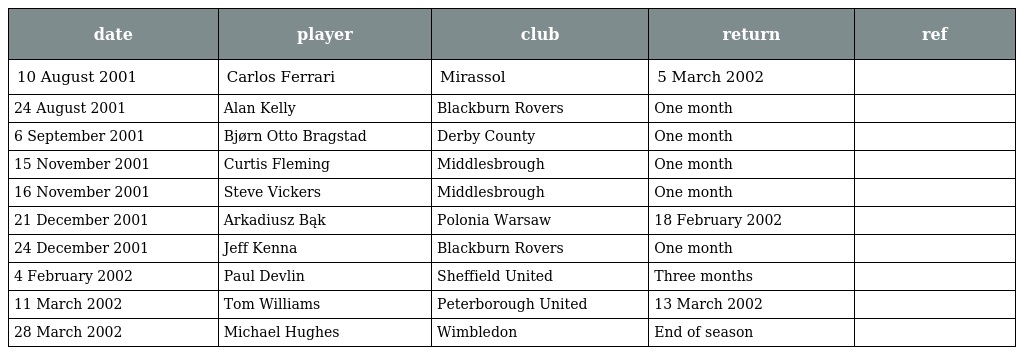
| date | player | club | return | ref |
 | --- | --- | --- | --- | --- |
 | 10 August 2001 | Carlos Ferrari | Mirassol | 5 March 2002 |  |
 | 24 August 2001 | Alan Kelly | Blackburn Rovers | One month |  |
 | 6 September 2001 | Bjørn Otto Bragstad | Derby County | One month |  |
 | 15 November 2001 | Curtis Fleming | Middlesbrough | One month |  |
 | 16 November 2001 | Steve Vickers | Middlesbrough | One month |  |
 | 21 December 2001 | Arkadiusz Bąk | Polonia Warsaw | 18 February 2002 |  |
 | 24 December 2001 | Jeff Kenna | Blackburn Rovers | One month |  |
 | 4 February 2002 | Paul Devlin | Sheffield United | Three months |  |
 | 11 March 2002 | Tom Williams | Peterborough United | 13 March 2002 |  |
 | 28 March 2002 | Michael Hughes | Wimbledon | End of season |  |